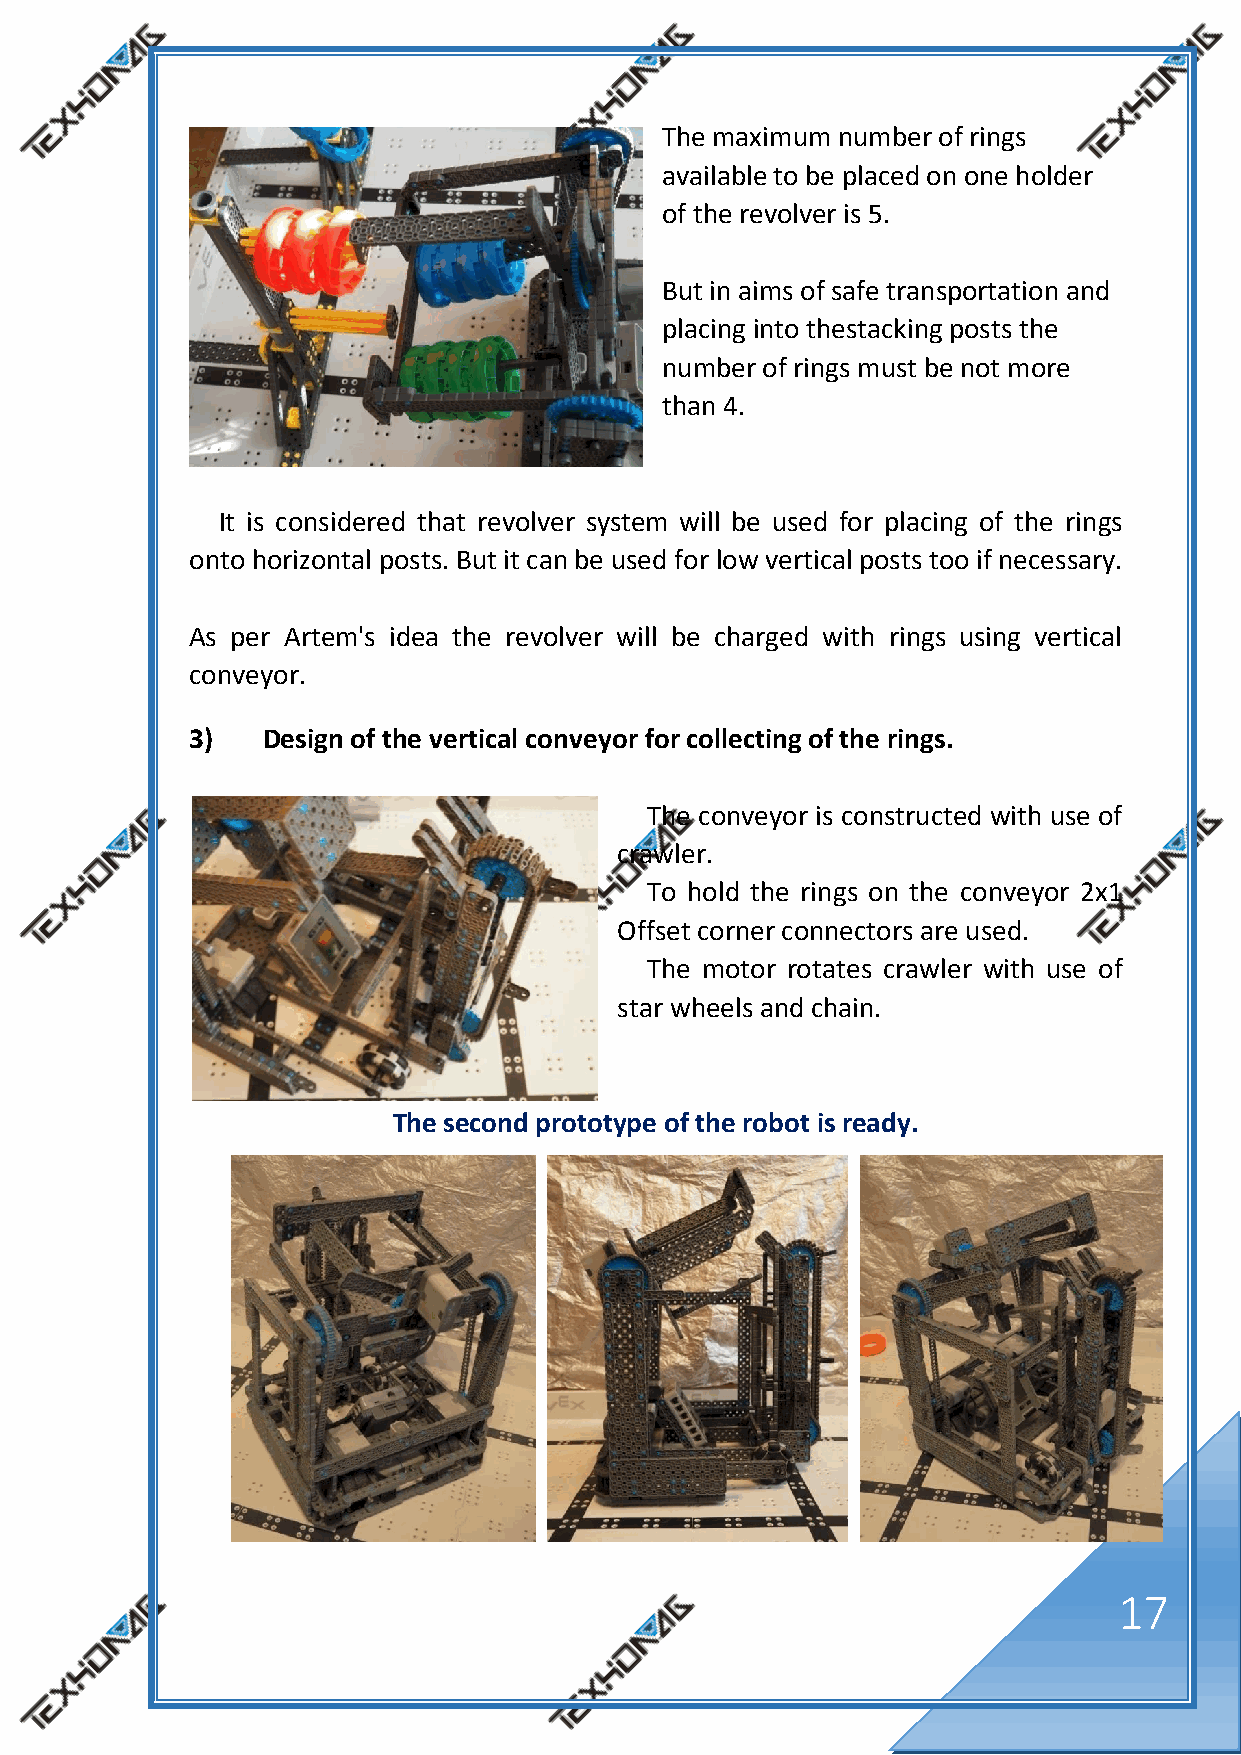
The maximum number of rings
 available to be placed on one holder
 of the revolver is 5.
 But in aims of safe transportation and
 placing into thestacking posts the
 number of rings must be not more
 than 4.
 It is considered that revolver system will be used for placing of the rings
 onto horizontal posts. But it can be used for low vertical posts too if necessary.
 As per Artem's idea the revolver will be charged with rings using vertical
 conveyor.
 3)  Design of the vertical conveyor for collecting of the rings.
 The conveyor is constructed with use of
 crawler.
 To hold the rings on the conveyor 2x1
 Offset corner connectors are used.
 The motor rotates crawler with use of
 star wheels and chain.
 The second prototype of the robot is ready.
 17